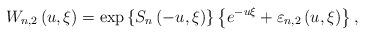
LaTeX: \begin{align*}W_{n,2}\left( {u,\xi }\right) =\exp \left\{ {S_{n}\left( {-u,\xi }\right) } \right\} \left\{ {e^{-u\xi }+\varepsilon _{n,2}\left( {u,\xi }\right) } \right\} , \end{align*}